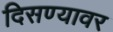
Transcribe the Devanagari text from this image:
दिसण्यावर